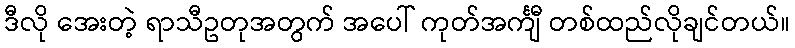
ဒီလို အေးတဲ့ ရာသီဥတုအတွက် အပေါ် ကုတ်အင်္ကျီ တစ်ထည်လိုချင်တယ်။